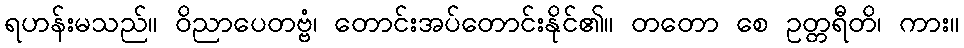
ရဟန်းမသည်။ ဝိညာပေတဗ္ဗံ၊ တောင်းအပ်တောင်းနိုင်၏။ တတော စေ ဥတ္တရီတိ၊ ကား။